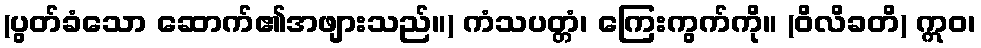
(ပွတ်ခံသော ဆောက်၏အဖျားသည်။) ကံသပတ္တံ၊ ကြေးကွက်ကို။ (ဝိလိခတိ) ဣဝ၊